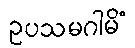
ဥပသမဂါမိံ